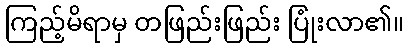
ကြည့်မိရာမှ တဖြည်းဖြည်း ပြုံးလာ၏။